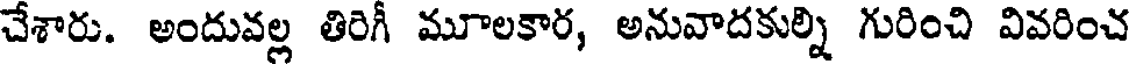
చేశారు. అందువల్ల తిరిగీ మూలకార, అనువాదకుల్ని గురించి వివరించ